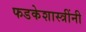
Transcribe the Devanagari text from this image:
फडकेशास्त्रींनी